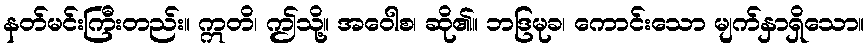
နတ်မင်းကြီးတည်း။ ဣတိ၊ ဤသို့။ အဝေါစ၊ ဆို၏။ ဘဒြမုခ၊ ကောင်းသော မျက်နှာရှိသော။